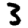
Digit: 3